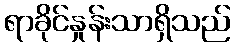
ရာခိုင်နှုန်းသာရှိသည်